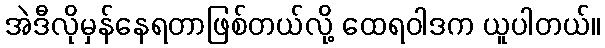
အဲဒီလိုမှန်နေရတာဖြစ်တယ်လို့ ထေရဝါဒက ယူပါတယ်။